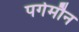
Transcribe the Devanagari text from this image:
पर्गमौन